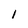
Character: 1